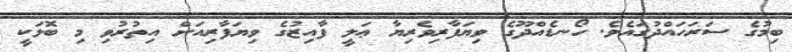
ބިމުގެ ސަރަހައްދުގައެވެ. ހޯނޑެއްދޫގެ ވިޔަފާރިވެރިޔާ ޢަލީ ފާއިޒުގެ ވިޔަފާރިއަށް އިތުރުވި މި ބޮޅަކީ